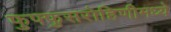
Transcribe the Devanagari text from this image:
फुफ्फुसरोहिणीमध्ये